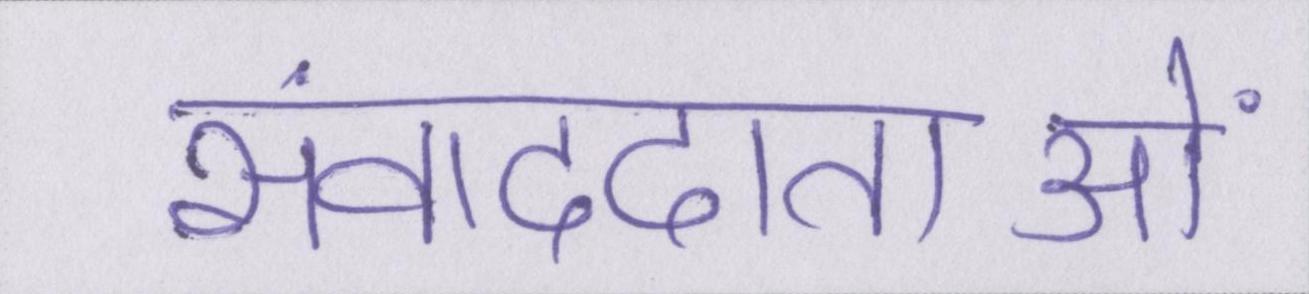
संवाददाताओं